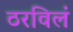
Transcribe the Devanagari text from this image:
ठरविलं